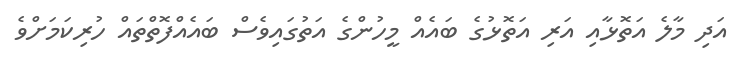
އަދި މާލެ އަތޮޅާއި އަރި އަތޮޅުގެ ބައެއް މީހުންގެ އަތުގައިވެސް ބައެއްފޮތްތައް ހުރިކަމަށްވެ